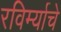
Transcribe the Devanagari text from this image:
रविर्म्याचे